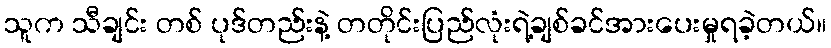
သူက သီချင်း တစ် ပုဒ်တည်းနဲ့ တတိုင်းပြည်လုံးရဲ့ချစ်ခင်အားပေးမှုရခဲ့တယ်။